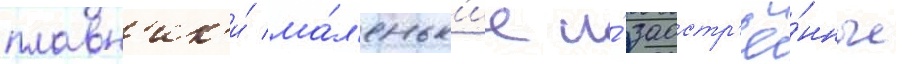
плавн'ик'и́ ма́л'еньк'ие и́ заостр'ё́нные